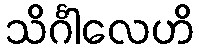
သိင်္ဂါလေဟိ